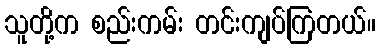
သူတို့က စည်းကမ်း တင်းကျပ်ကြတယ်။